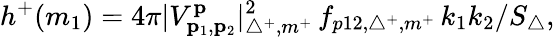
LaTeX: h^{+}(m_{1})=4\pi|V_{\mathbf{p}_{1},\mathbf{p}_{2}}^{\mathbf{p}}|_{\triangle^{+},m^{+}}^{2}\, f_{p12,\triangle^{+},m^{+}}\, k_{1}k_{2}/S_{\triangle},